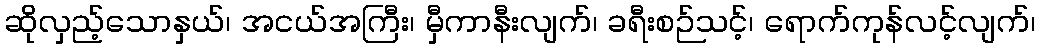
ဆိုလှည့်သောနှယ်၊ အငယ်အကြီး၊ မှီကာနီးလျက်၊ ခရီးစဉ်သင့်၊ ရောက်ကုန်လင့်လျက်၊